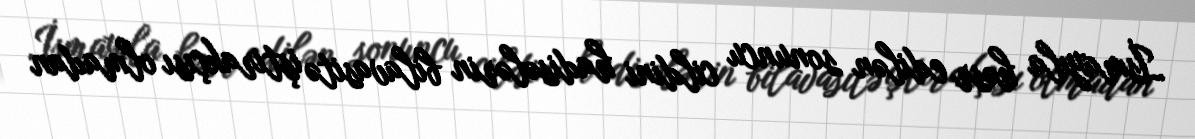
İsmayıla həsr edilən sonuncu cildini hadisələrin bilavasitə iştirakçısı olmadan